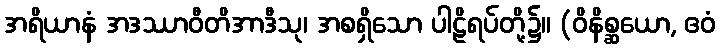
အရိယာနံ အဒဿာဝီတိအာဒီသု၊ အစရှိသော ပါဠိရပ်တို့၌။ (ဝိနိစ္ဆယော, ဧဝံ